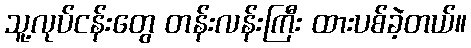
သူ့လုပ်ငန်းတွေ တန်းလန်းကြီး ထားပစ်ခဲ့တယ်။